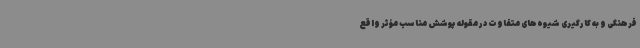
فرهنگی و به کارگیری شیوه‌های متفاوت در مقوله پوشش مناسب مؤثر واقع